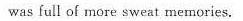
was full of more sweat menories.